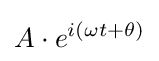
A\cdot e^{i(\omega t+\theta )}